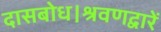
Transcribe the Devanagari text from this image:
दासबोध।श्रवणद्वारें